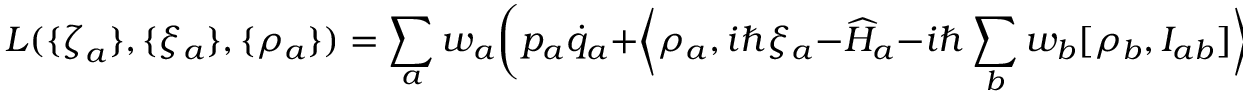
L ( \{ { \boldsymbol { \zeta } } _ { a } \} , \{ \xi _ { a } \} , \{ \rho _ { a } \} ) = \sum _ { a } w _ { a } \bigg ( p _ { a } \dot { q } _ { a } + \bigg \langle \rho _ { a } , i \hbar \xi _ { a } - { \widehat { H } } _ { a } - i \hbar \sum _ { b } w _ { b } [ { \rho } _ { b } , { \cal I } _ { a b } ] \bigg \rangle \bigg ) .